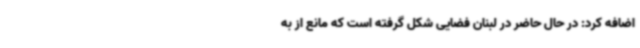
اضافه کرد: در حال حاضر در لبنان فضایی شکل گرفته است که مانع از به